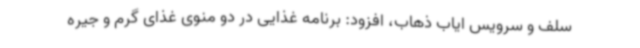
سلف و سرویس ایاب ذهاب، افزود: برنامه غذایی در دو منوی غذای گرم و جیره